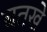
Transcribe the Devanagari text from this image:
बतखे